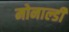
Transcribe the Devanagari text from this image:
मोनाल्डी